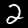
Digit: 2